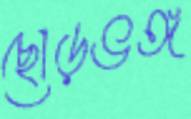
ছোড়ভঙ্গ